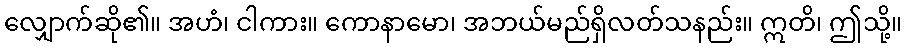
လျှောက်ဆို၏။ အဟံ၊ ငါကား။ ကောနာမော၊ အဘယ်မည်ရှိလတ်သနည်း။ ဣတိ၊ ဤသို့။